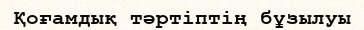
Қоғамдық тәртіптің бұзылуы